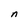
Character: n